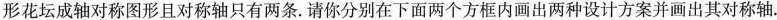
形花坛成轴对称图形且对称轴只有两条。请你分别在下面两个方框内画出两种设计方案并画出其对称轴.